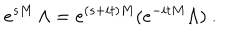
e ^ { s M } \, \Lambda = e ^ { ( s + i t ) M } ( e ^ { - i t M } \Lambda ) \ .